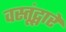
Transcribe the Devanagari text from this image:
वस्तूंद्वारे